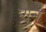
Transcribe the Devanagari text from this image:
णून